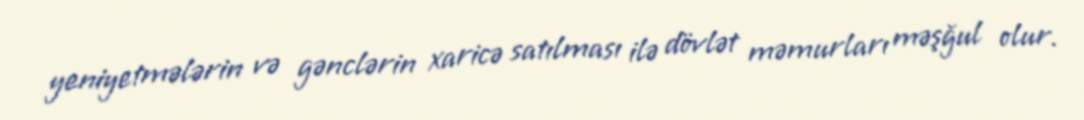
yeniyetmələrin və gənclərin xaricə satılması ilə dövlət məmurları məşğul olur.